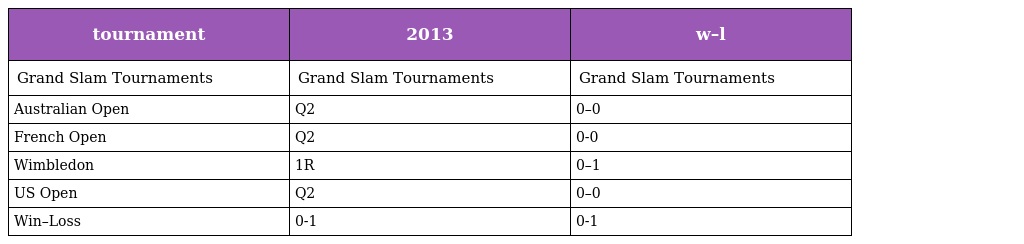
| tournament | 2013 | w–l |
 | --- | --- | --- |
 | Grand Slam Tournaments | Grand Slam Tournaments | Grand Slam Tournaments |
 | Australian Open | Q2 | 0–0 |
 | French Open | Q2 | 0-0 |
 | Wimbledon | 1R | 0–1 |
 | US Open | Q2 | 0–0 |
 | Win–Loss | 0-1 | 0-1 |